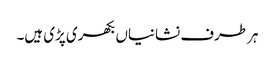
ہر طرف نشانیاں بکھری پڑی ہیں۔